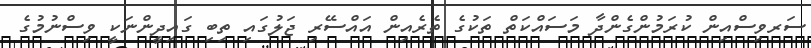
ސަރވިސްއިން ކުރަމުންގެންދާ މަސައްކަތް ތަކުގެ ތެރެއިން އައްސޭރި ޖަލުގައި ތިބި ގައިދީންނަކީ ވިސްނުމުގެ